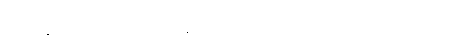
လေးလံသောသစ်လုံးကြီးများကို ဆွဲရာ၌လည်းကောင်း ကျွဲ ယဉ်ကို အသုံးပြုကြသည်။